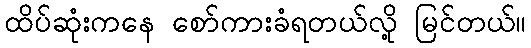
ထိပ်ဆုံးကနေ စော်ကားခံရတယ်လို့ မြင်တယ်။